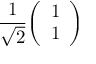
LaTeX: { \frac { 1 } { \sqrt { 2 } } } { \left( \begin{array} { l } { 1 } \\ { 1 } \end{array} \right) }